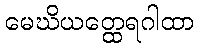
မေဃိယတ္ထေရဂါထာ